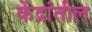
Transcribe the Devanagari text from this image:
केंद्रांतील